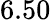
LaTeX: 6.50